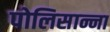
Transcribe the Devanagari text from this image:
पोलिसान्ना